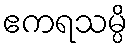
ဧကရသမ္ပိ